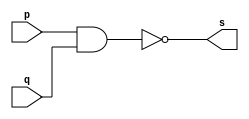
// -------------------------
// Exercico 001 - NAND
// Nome: Ailton Gomes
// -------------------------
// -------------------------
// -- nand gate
// -------------------------
module nandgate ( output s,
input p,
input q);
assign s = ~(p & q);
endmodule // andgate
// ---------------------
// -- test nand gate
// ---------------------
module testnandgate;
// ------------------------- dados locais
reg a, b; // definir registradores
wire s; // definir conexao (fio)
// ------------------------- instancia
nandgate NAND1 (s, a, b);
// ------------------------- preparacao
initial begin:start
// atribuicao simultanea
// dos valores iniciais
a=0; b=0;
end
// ------------------------- parte principal
initial begin
$display("Exercico 001 - Ailton Gomes - 440092");
$display("Test NAND gate");
$display("\n~(a & b) = s\n");
a=0; b=0;
#1 $display("%b & %b = %b", a, b, s);
a=0; b=1;
#1 $display("%b & %b = %b", a, b, s);
a=1; b=0;
#1 $display("%b & %b = %b", a, b, s);
a=1; b=1;
#1 $display("%b & %b = %b", a, b, s);
end
endmodule // testandgate